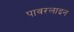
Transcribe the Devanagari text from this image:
पावरलाइन